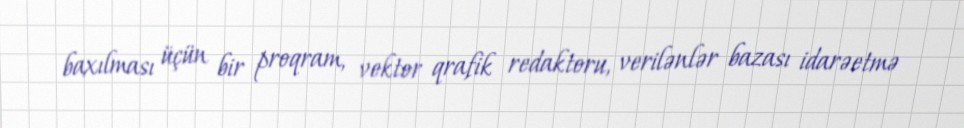
baxılması üçün bir proqram, vektor qrafik redaktoru, verilənlər bazası idarəetmə